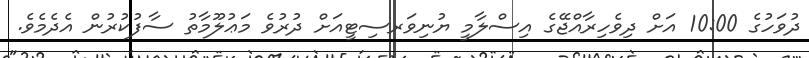
ދުވަހުގެ 10:00 އަށް ދިވެހިރާއްޖޭގެ އިސްލާމީ ޔުނިވަރސިޓީއަށް ދުރުވެ މަޢުލޫމާތު ސާފުކުރުން އެދެމެވެ.